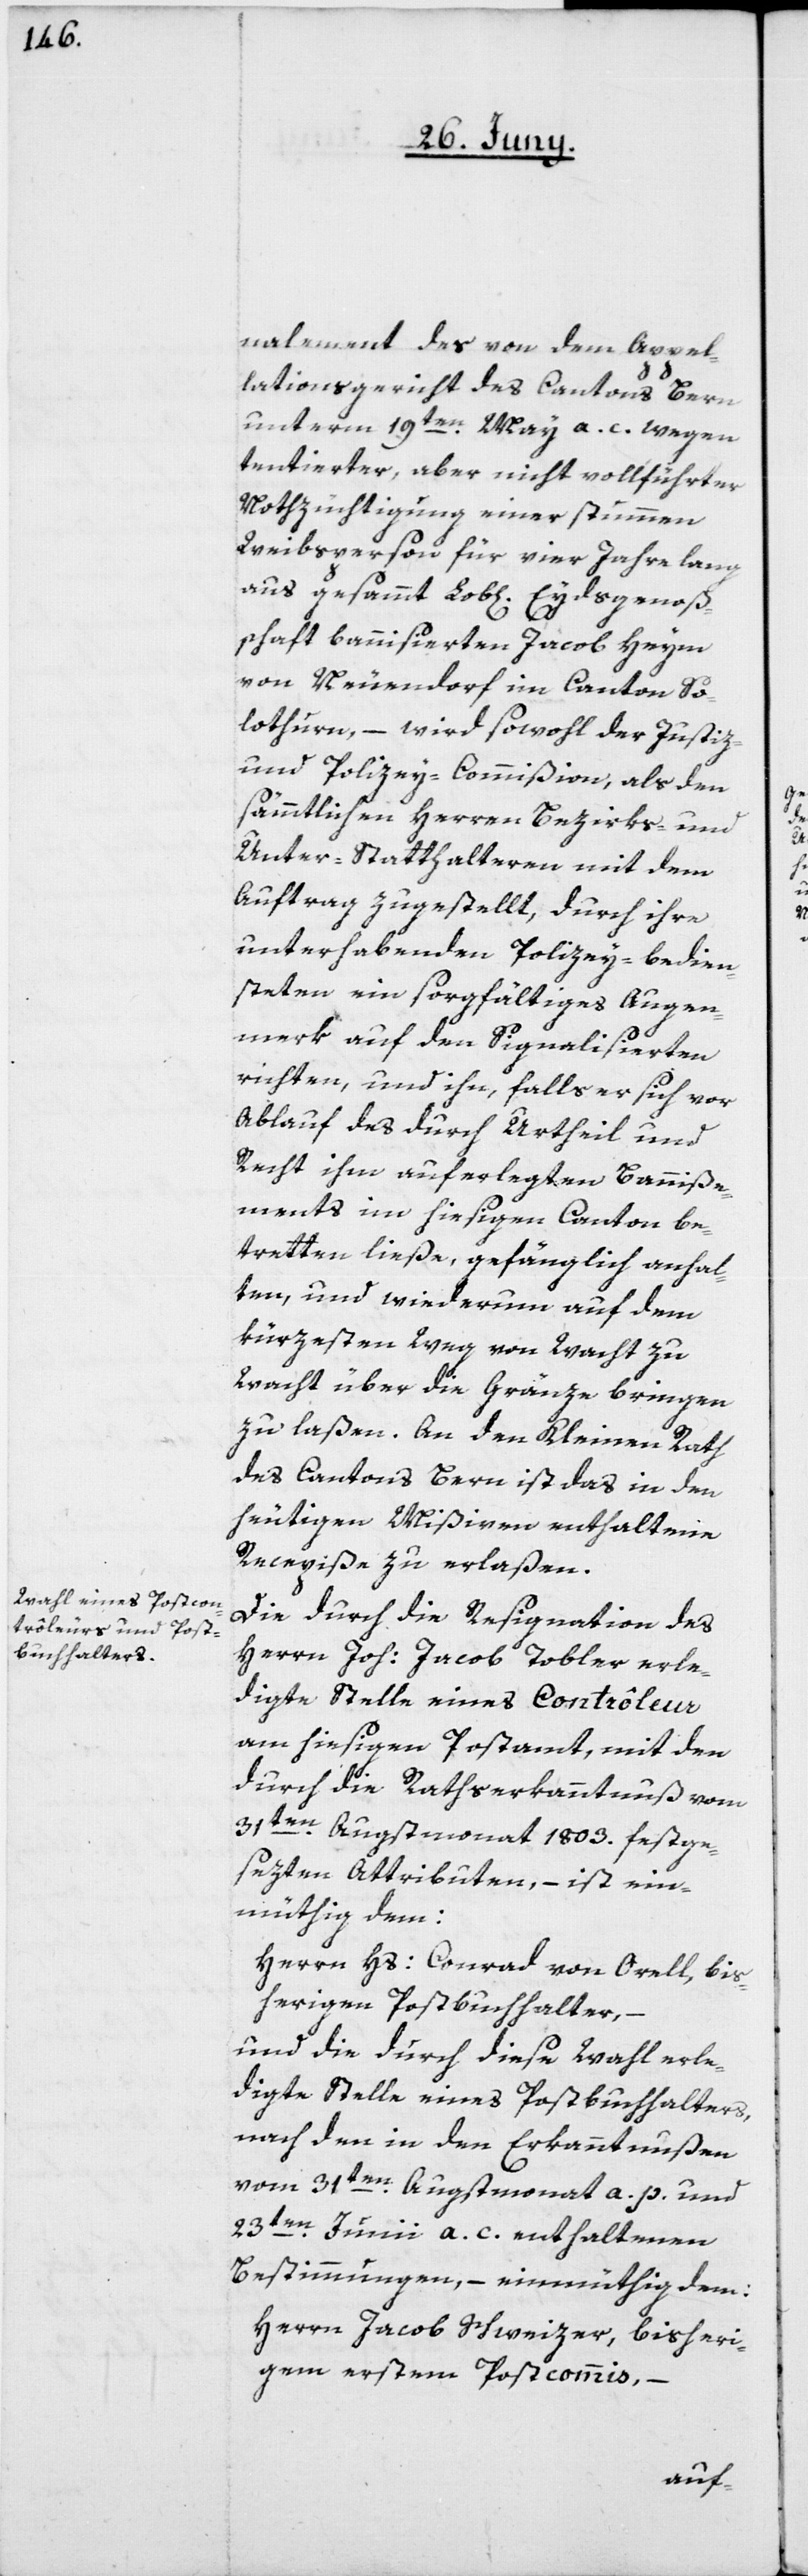
nalement des von dem Appel¬
lationsgericht des Cantons Bern
unterm 19ten May a. c. wegen
tentierter, aber nicht vollführte
Nothzüchtigung einer stummen
Weibsperson, für vier Jahre lang
aus gesammt Lob[lichen] Eydsgenoß¬
enschaft bannisierten Jacob Heym
von Neuendorf im Canton So¬
lothurn, – wird sowohl der Justiz-
und Polizey-Commißion, als den
sämmtlichen Herren Bezirks- und
Unter-Statthalteren mit dem
Auftrag zugestellt, durch ihre
unterhabenden Polizey-bedien¬
steten ein sorgfältiges Augen¬
merk auf den Signalisierten
richten, und ihn, falls er sich vor
Ablauf des durch Urtheil und
Recht ihm auferlegten Banniße¬
ments im hiesigen Canton be¬
tretten ließe, gefänglich anhal¬
ten, und wiederum auf dem
kürzesten Weg von Wacht zu
Wacht über die Gränze bringen
zu laßen. An den Kleinen Rath
des Cantons Bern ist das in den
heutigen Mißiven enthaltene
Recepiße zu erlaßen.
Die durch die Resignation des
Herrn Joh: Jacob Tobler erle¬
digte Stelle eines Contrôleur
am hiesigen Postamt, mit den
durch die Ratserkanntnuß vom
31ten Augstmonat 1803. festge¬
sezten Attributen, – ist ein¬
müthig dem:
Herrn Hs: Conrad von Orell, bis¬
herigen Postbuchhalter, –
und die durch diese Wahl erle¬
digte Stelle eines Postbuchhalters,
nach den in den Erkanntnußen
vom 31te Augstmonat a. p. und
23ten Junii a. c. enthaltenen
Bestimmungen, – einmüthig dem:
Herrn Jakob Schweizer, bisheri¬
gem erstem Postcommis,